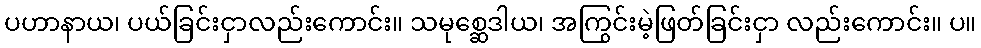
ပဟာနာယ၊ ပယ်ခြင်းငှာလည်းကောင်း။ သမုစ္ဆေဒါယ၊ အကြွင်းမဲ့ဖြတ်ခြင်းငှာ လည်းကောင်း။ ပ။